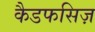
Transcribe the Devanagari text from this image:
कैडफसिज़